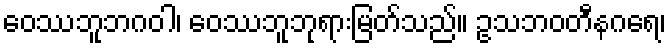
ဝေဿဘူဘဂဝါ၊ ဝေဿဘူဘုရားမြတ်သည်။ ဥသဘဝတီနဂရေ၊